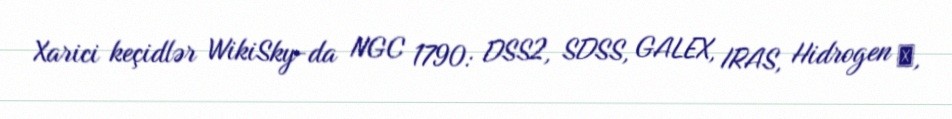
Xarici keçidlər WikiSky-da NGC 1790: DSS2, SDSS, GALEX, IRAS, Hidrogen α,